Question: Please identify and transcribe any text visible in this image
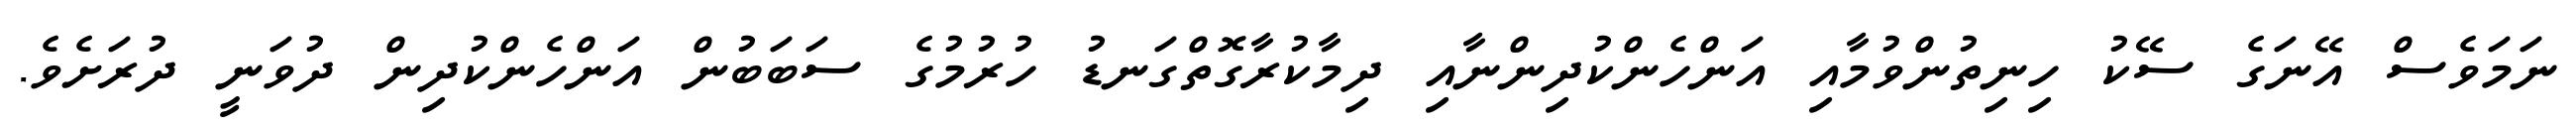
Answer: ނަމަވެސް އޭނަގެ ސޭކު ހިނިތުންވުމާއި އަންހެންކުދިންނާއި ދިމާކުރާގޮތްގަނޑު ހުރުމުގެ ސަބަބުން އަންހެންކުދިން ދުވަނީ ދުރަށެވެ.